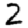
Digit: 2